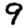
Digit: 9